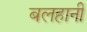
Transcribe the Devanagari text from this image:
बलहानी